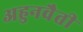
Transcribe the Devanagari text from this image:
अहुनवैती